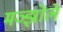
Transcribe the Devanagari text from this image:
मञ्झोले